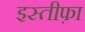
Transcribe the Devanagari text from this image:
इस्‍तीफ़ा